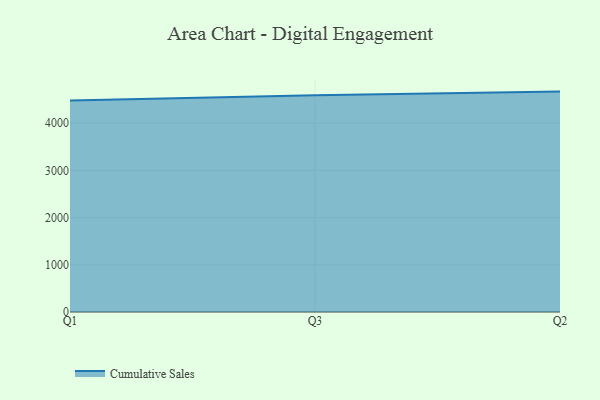
{"axis": {"x": "Quarter", "y": "Satisfaction Score"}, "legend": ["Cumulative Sales"], "data": [{"x": "Q1", "y": 4483.7, "type": "Cumulative Sales"}, {"x": "Q3", "y": 4592.8, "type": "Cumulative Sales"}, {"x": "Q2", "y": 4671.2, "type": "Cumulative Sales"}]}